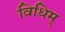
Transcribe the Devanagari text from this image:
विधिम्